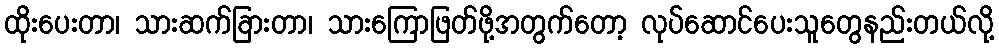
ထိုးပေးတာ၊ သားဆက်ခြားတာ၊ သားကြောဖြတ်ဖို့အတွက်တော့ လုပ်ဆောင်ပေးသူတွေနည်းတယ်လို့